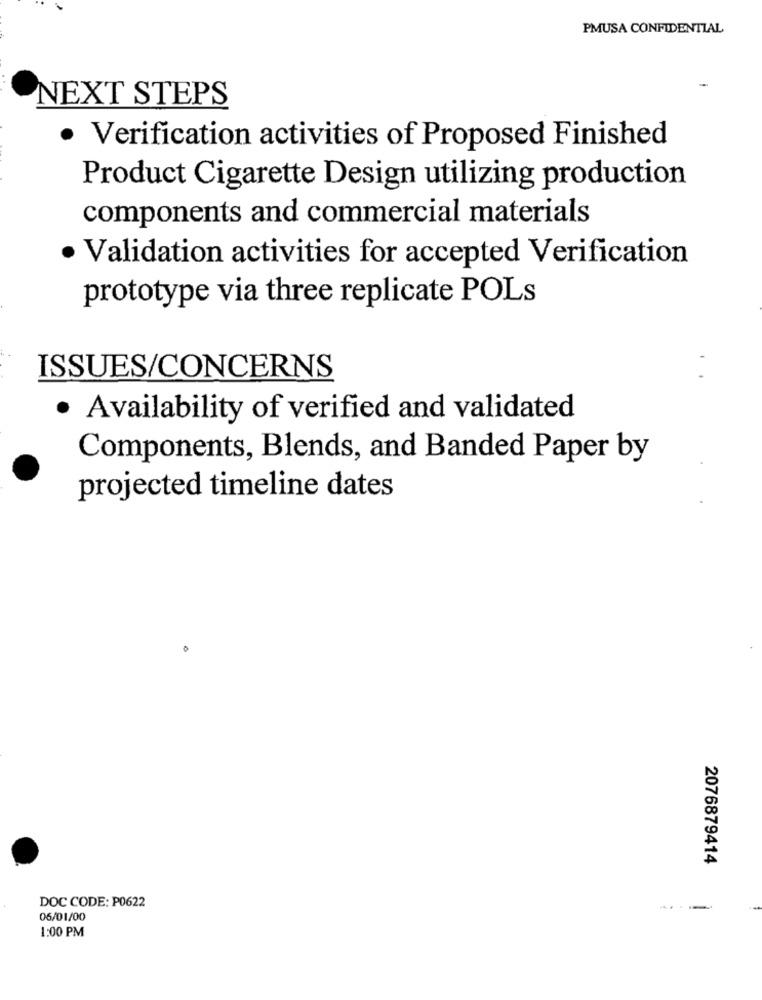
PMUSA CONFIDENTIAL
NEXT STEPS
· Verification activities of Proposed Finished
Product Cigarette Design utilizing production
components and commercial materials
· Validation activities for accepted Verification
prototype via three replicate POLs
ISSUES/CONCERNS
· Availability of verified and validated
Components, Blends, and Banded Paper by
projected timeline dates
2076879414
DOC CODE: P0622
---
06/01/00
1:00 PM